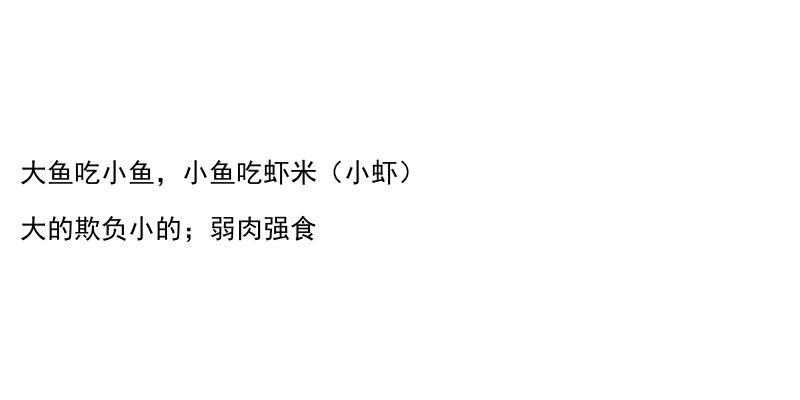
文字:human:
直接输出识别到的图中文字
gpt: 大鱼吃小鱼，小鱼吃虾米（小虾） 大的欺负小的；弱肉强食